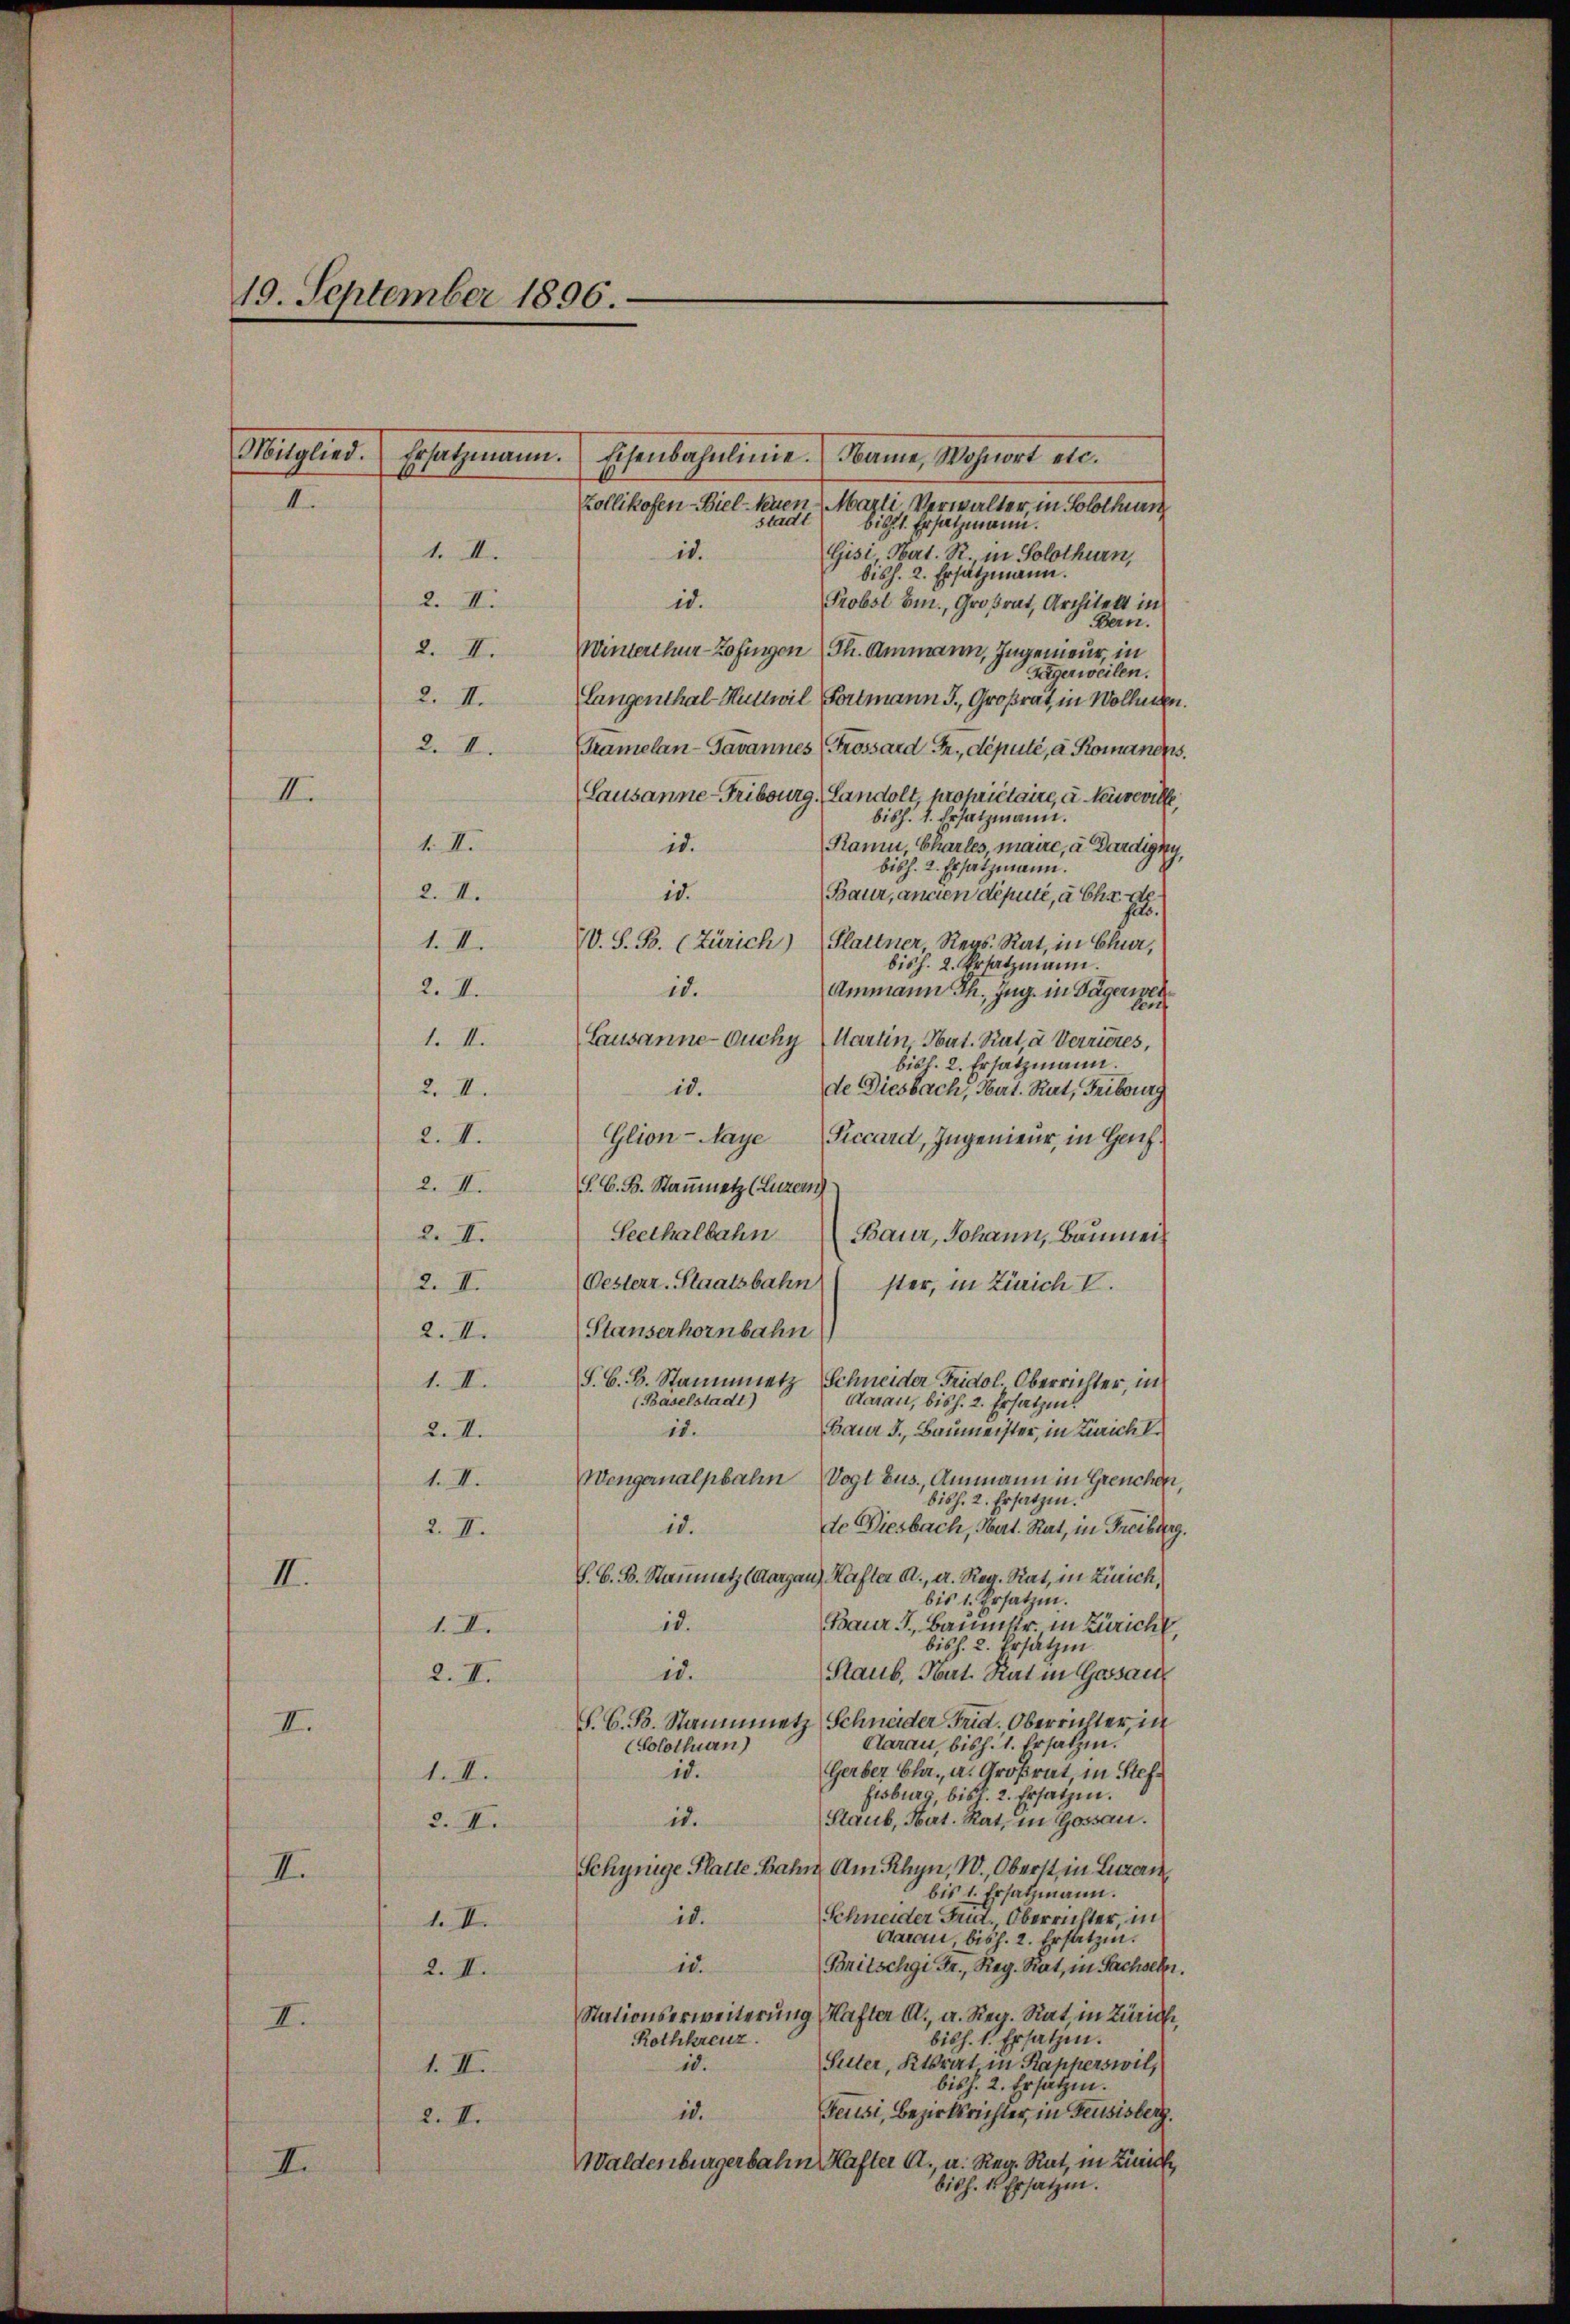
19. September 1896.

.
I.

II.

II.
II.
I.

I.

I.

Mitglied. Ersatzmann. Eisenbahnlinie. Name Wohnort etc.
Zollikofen-Biel-Neuen Marti Verwalter, in Solothurn
stadt
bischt. Ersatzmann.
Gisi Mart. R., in Solothurn,
it.
bish. 2. Ersatzmann.
id.
Probst bin, Großrat, Architekt in
Bern.
Winterthur-Zofingen (Ph. Ammann, Ingenieur, in
Fägerweilen.
2. II. Langenthal-Huttwil Fortmann J. Großrat, in Wollen.
2. II. Tramelan-Javannes (Grossard Fr., deputé, a Romanens.
Lausanne-Fribourg (Landolt, propriétaire, u. keineville,
bish. 1. Ersatzmann.
Raum, Charles, maire, a. Dardigny,
id.
bish. 2. Ersatzmann.
10.
Baur, anden deputi, aber de
fets.
W. S. B. (Zürich)
Flattner Reg. Rat, in Chur,
bish. 2. Ersatzmann.
Ammann Th. Zug. in Tägerweh
id.
i
Lausanne Ouchy Martin Nat. Rat, u. Verrieres,
bish. 2. Ersatzmann.
id.
de Diesbach, Hart. Rat, Fribourg
Glion-Naye
2. 4.
Piccard, Ingenieur, in Gef
2. II. S. C. B. Stammetz (Luzern
Seethalbahn
2. II.
Baur, Johann, Baumei¬
Oesterr-Staatsbahn ster, in Zürich V
2. X.
Stauserhornbahn
2. II.
S. G. B. Staumetz
Schneider Fridol. Oberrichter, in
1. II.
(Baselstadt)
Aarau, bis h. 2. Ersatzen.
Baur 3., Baumeister, in Zürich I.
11.
2. M.
Wengernalpbahn Vogt bus., Ammann in Grenchen,
1. II.
bisch. 2. Ersatzen.
de Diesbach, Mart. Rat, in Freiburg.
id.
2. II.
S. B. B. Stammetz (Aargau) Kaster A., a. Reg. Rat, in Zürich,
bis 1. Ersatzen.
id.
Baur, Baumstr. in Züricht,
1. II.
bish. 2. Ersatzen
Staub, Nat. Rat in Gossau
id.
2. X.
S. G. B. Staummetz Schneider Frid. Oberrichter, in
Aarau, bish. 1. Ersatzen.
(Solothurn)
Gerber bla. a. Großrat, in Stefid.
1.I.
Eisburg, bisl. 2. Ersatzen.
Staub, Nat. Rat, in Gossau.
it.
2. II.
Schynige Platte Bahn. Am Rhyn, W., Oberst, in Luzern
bis 1. Ersatzmann.
Schneider Frid., Oberrichter, in
id.
1. II.
Aarau bish. 2. Ersatzen.
Bnitschgi Fr., Reg. Rat, in Sachseler.
10.
2. II.
Stationserweiterung Hafter A., a. Reg. Rat in Zürich,
bish. l. Ersatzen.
Rothkreuz.
Suter, Ktsrat in Kapperswil,
id.
1. II.
bisch. 2. Ersätzen.
Feusi, Bezirksrichter, in Feusisberg.
i.
2. II.
Waldenburgerbahn Hafter A. a. Reg. Rat, in Linick,
bish. 1. Ersatzen.

1. II.
2. M.
1. II.
2. X.
1. III.
2. X.

1. II.
2. II.
2. II.